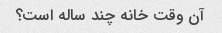
آن وقت خانه چند ساله است؟